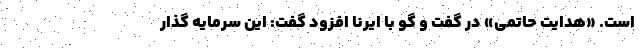
است. «هدایت حاتمی» در گفت و گو با ایرنا افزود گفت: این سرمایه گذار